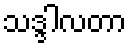
သဒ္ဒါလတာ